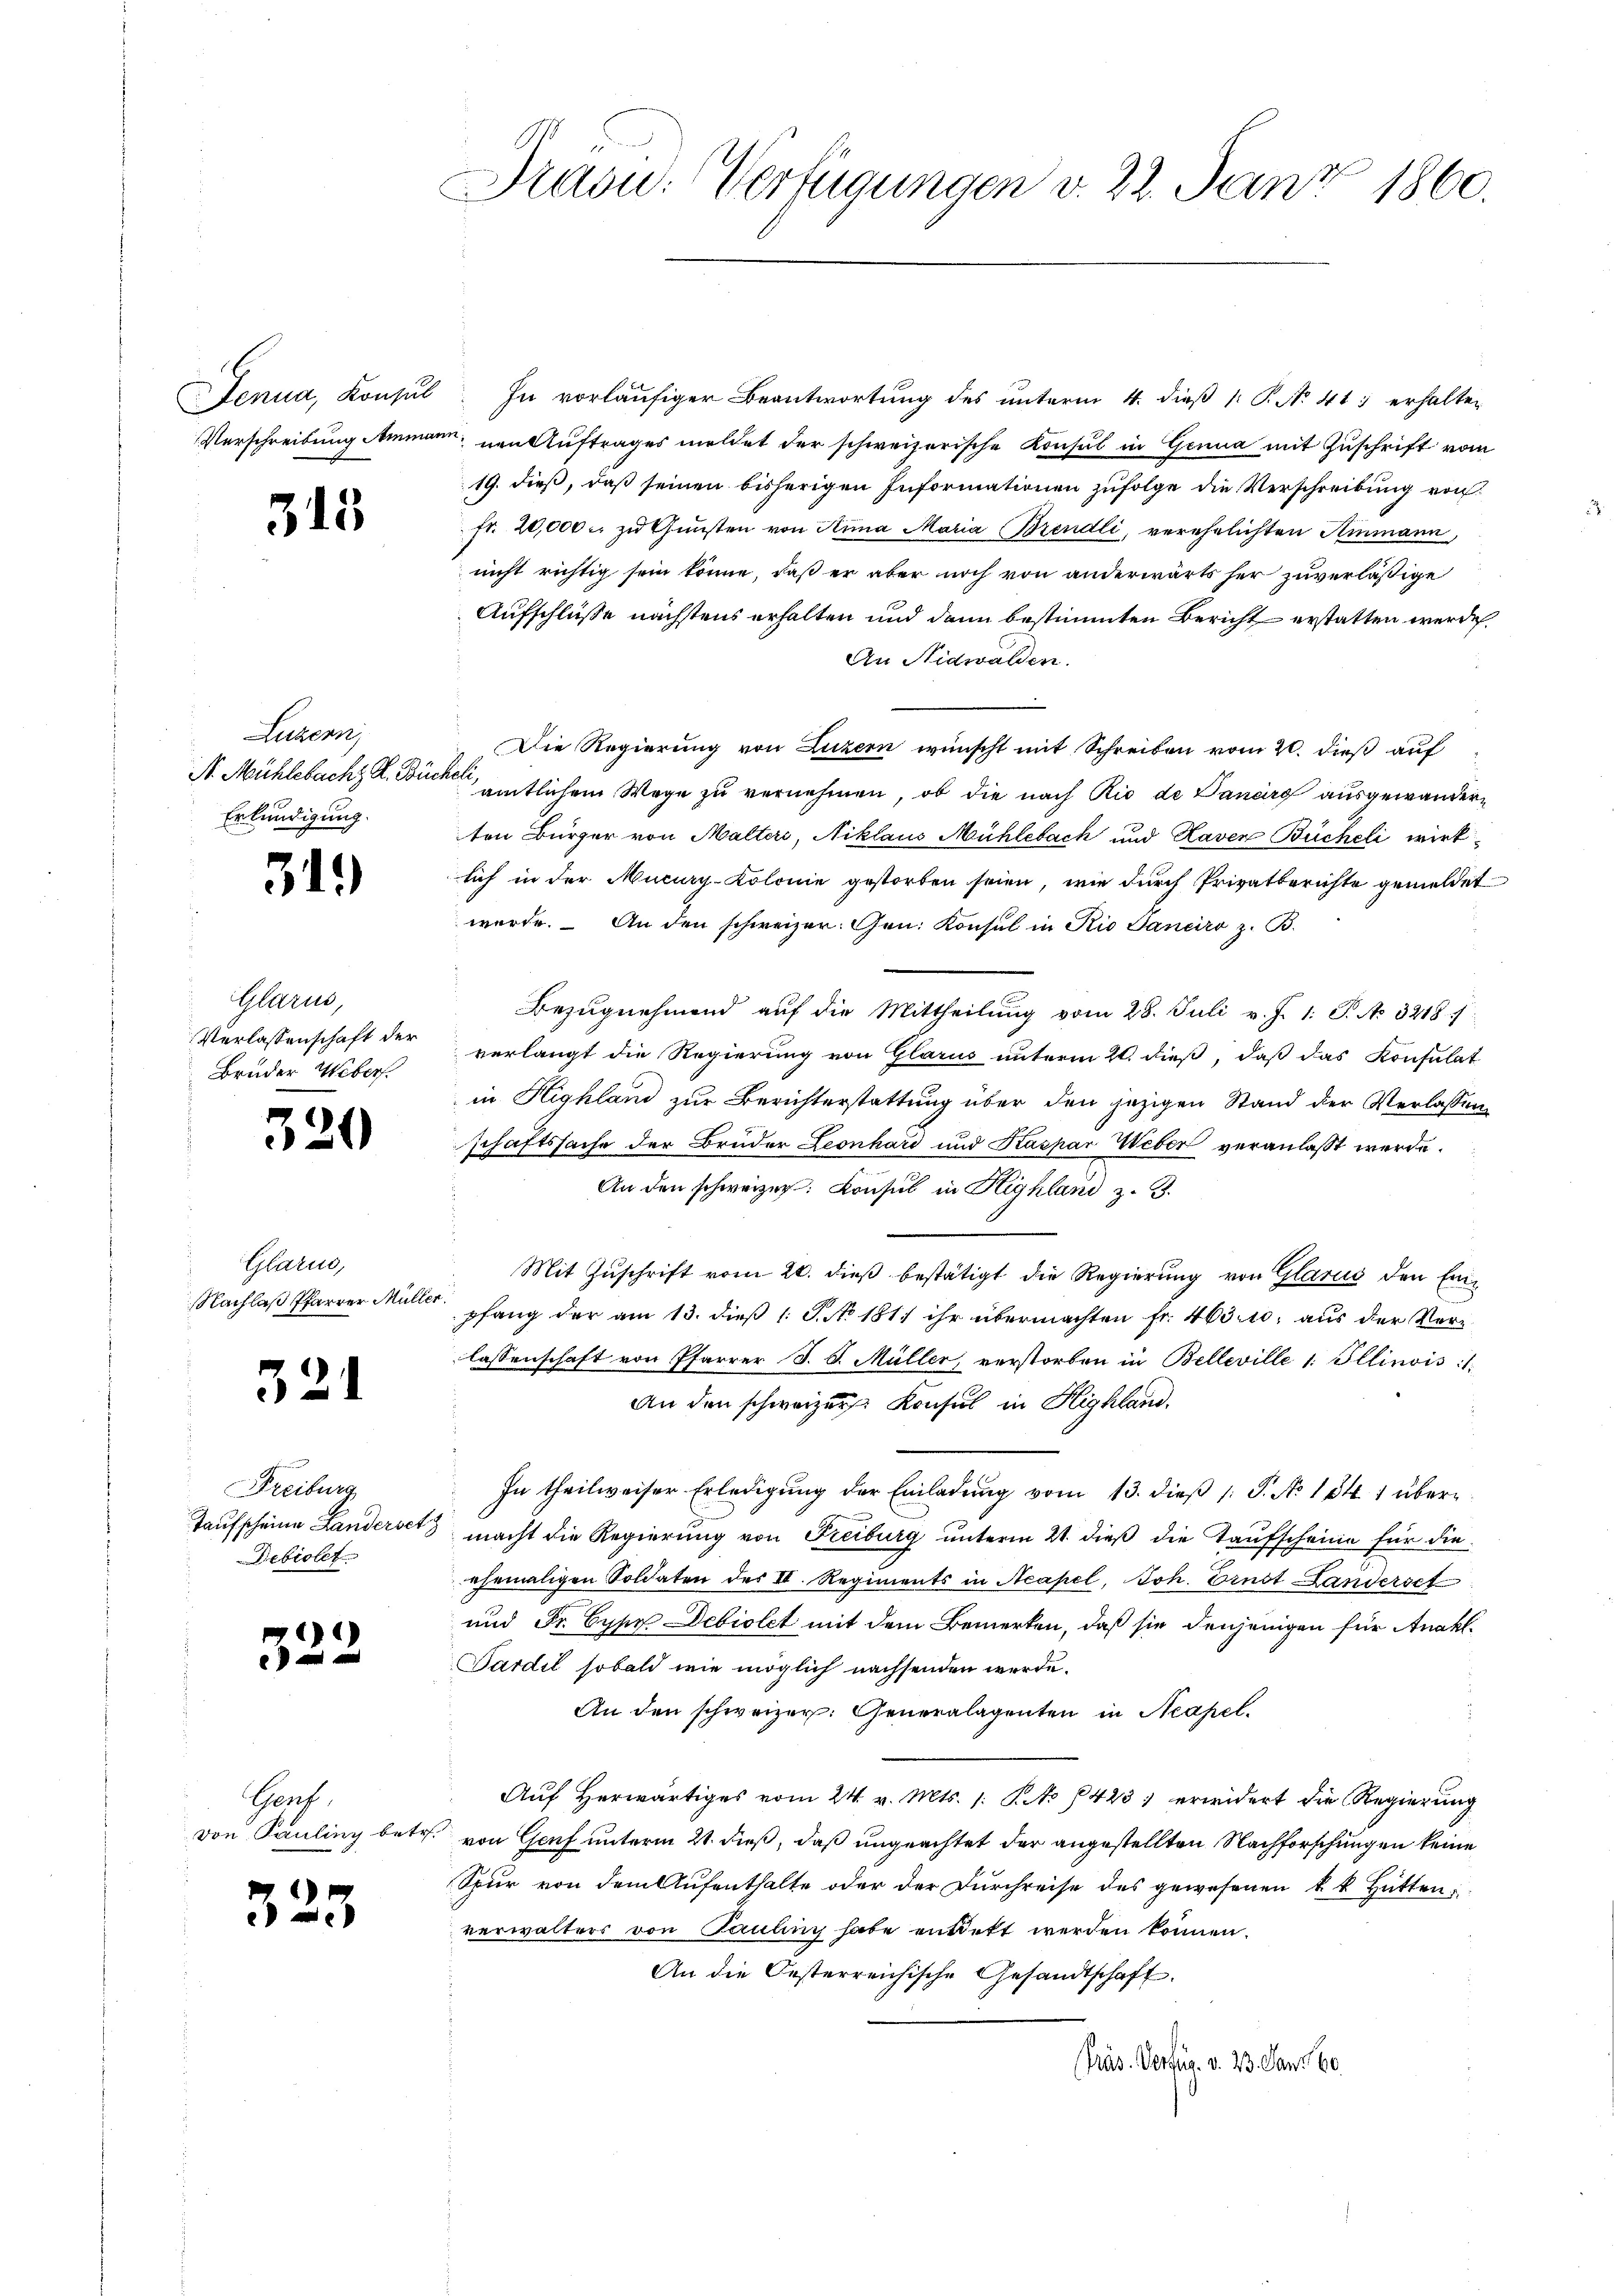
5

Luzern,
N. Mühlebach K. Büchel
Erkundigung.

31.)

Glarus,
Verlassenschaft der
Bruder Webers

320

Glarus,

321

Freiburg
Debiolet

1)

Genf,

323

Präsid. Verfügungen v. 22. Janz 1860.

Jenua, Konsŭl. In vorläŭfiger Beantwortung des ŭnterm 4. dieβ 1. P. No 41. erhalten
Verschreibung Ammann, nen Auftrages meldet der schweizerische Konsul in Genua mit Zuschrift vom
19. dieß, daß seinen bisherigen Informationen zufolge die Verschreibung von
fr. 20,000 u zŭ Gŭnsten von Anna Maria Brendli, verehelichten Ainmann,
nicht richtig sein könne, daß er aber noch von anderwärts her zuverläßige
Aufschlüße nächstens erhalten und dann bestimmten Bericht erstatten werden.
An Nidwalden.
Die Regierung von Luzern wünscht mit Schreiben vom 20. dieß auf
amtlichem Wege zu vernehmen, ob die nach Rio de Danarg ausgewanderten Bürger von Malteri, Niklaus Mühlebach und Raven Bücheli wirk
lich in der Muciary-Kolonie gestorben seien, wie durch Privatberichte gemeldet
werde. An den schweizer. Gen. Konsul in Rio Janeiro z. B.
Bezŭgnehmend aŭf die Mittheilŭng vom 28. Juli v. J. 1. P. No. 3218 1/
verlangt die Regierung von Glarus unterm 20. dieß, daß das Konsulat
in Highland zur Berichterstattung über den jezigen Stand der Verlassung
schaftssache der Bruder Leonhard und Kaspar Weber veranlaßt werde.
An den schweizer. Konsul in Highland z. B.
Mit Zuschrift vom 20. dieß bestätigt die Regierung von Glarus den Em¬
NNachlaβ Pfarrer Müller pfang der am 13. dieβ 1 S. No. 181; ihr übermachten Fr. 463. 10. aus der Verlassenschaft von Pfarrer S. S. Müller verstorben in Belleville 1. Illinois:
An den schweizer Konsul in Highland.
In theilweiser Erledigŭng der Einladŭng vom 13. dieβ /: P. No 184. 1 über¬
Taufscheine Landersetz macht die Regierung von Freiburg unterm 21. dieß die Taufscheine für die
ehemaligen Soldaten des II. Regiments in Acapel, Joh. Ernst Landerset
und Fr. Cypy Debiolet mit dem Bemerken, daß sie denjenigen für Anakl.
Sardil sobald wie möglich nachsenden werde.
An den schweizer. Generalagenten in Neapel.
Auf Herwärtiges vom 24. v. Mts. /: P. No 1423 erwidert die Regierung
von Pauling betr. von Genf unterm 21. dieß, daß ungeachtet der angestellten Nachforschungen keine
Spur von dem Aufenthalte oder der Durchreise des gewesenen k. k. Hütten,
verwalters von Pauling habe entdekt werden können.
An die Oesterreichische Gesandtschaft.
Präs. Verfür. v. 23. Janr. 60.